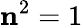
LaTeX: \mathbf{n}^{2}=1